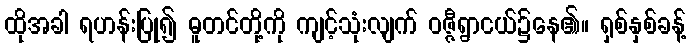
ထိုအခါ ရဟန်းပြု၍ ဓူတင်တို့ကို ကျင့်သုံးလျက် ဝဇ္ဇီရွာငယ်၌နေ၏။ ရှစ်နှစ်ခန့်